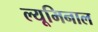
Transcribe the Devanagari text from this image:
ल्यूमिनाल